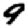
Digit: 9